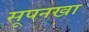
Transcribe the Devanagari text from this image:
सूपनखा